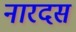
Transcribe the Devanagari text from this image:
नारदस